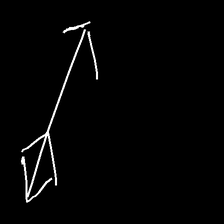
Glyph: focus